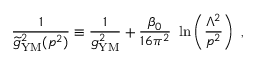
{ \frac { 1 } { { \widetilde g } _ { \mathrm { { \small Y M } } } ^ { 2 } ( p ^ { 2 } ) } } \equiv { \frac { 1 } { g _ { \mathrm { { \small Y M } } } ^ { 2 } } } + { \frac { \beta _ { 0 } } { 1 6 \pi ^ { 2 } } } ~ \ln \left( { \frac { \Lambda ^ { 2 } } { p ^ { 2 } } } \right) ~ ,